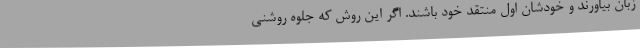
زبان بیاورند و خودشان اول منتقد خود باشند. اگر این روش که جلوه روشنی